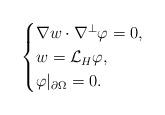
LaTeX: \begin{align*}\begin{cases}\nabla w\cdot \nabla^\perp\varphi=0,\\w=\mathcal{L}_H\varphi,\\ \varphi|_{\partial \Omega}=0.\end{cases}\end{align*}